Rangoon Lunatic Asylum 1878-1892 - 1878-1892
Year: 1878
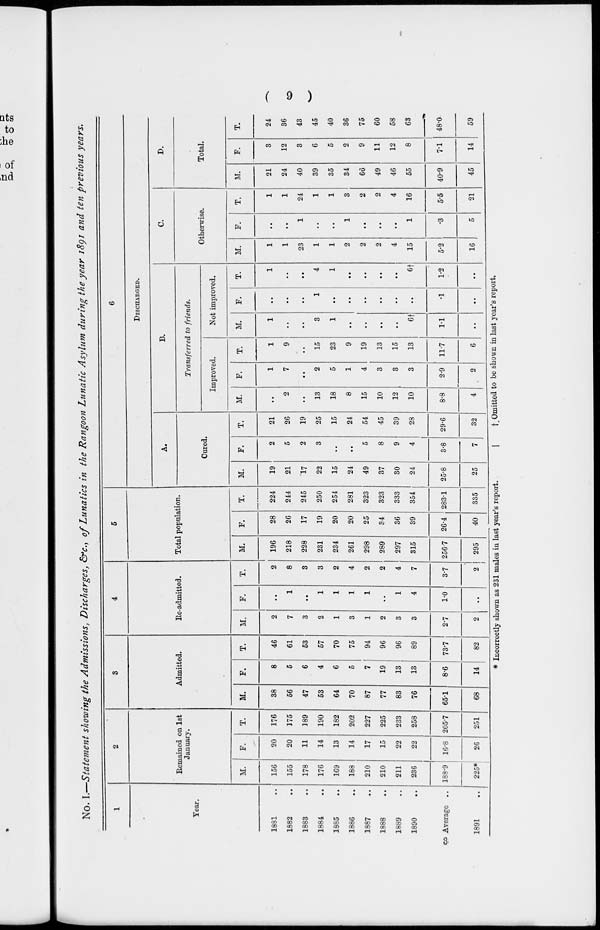
( 9 )
No. I.—Statement showing the Admissions, Discharges, &c., of Lunatics in the Rangoon Lunatic Asylum during the year 1891 and ten previous years.
1
Year.
1831 ..
1882 ..
1883 ..
1884 ..
1885 ..
1886 ..
1887 ..
1888 ..
1889 ..
1890 ..
Average ..
1891 ..
2
Remained on 1st
January.
M.
156
155
178
176
169
188
210
210
211
236
188.9
225*
F.
20
20
11
14
13
14
17
15
22
22
16.8
26
T.
176
175
189
190
182
202
227
225
233
258
205.7
251
3
Admitted.
M.
38
56
47
53
64
70
87
77
83
76
65.1
68
F.
8
5
6
4
6
5
7
19
13
13
8.6
14
T.
46
61
53
57
70
75
94
96
96
89
73.7
82
4
Re-admitted.
M.
2
7
3
2
1
3
1
2
3
3
2.7
2
F.
..
1
..
1
1
1
1
..
1
4
1.0
..
T.
2
8
3
3
2
4
2
2
4
7
3.7
2
5
Total population.
M.
196
218
228
231
234
261
298
289
297
315
256.7
295
F.
28
26
17
19
20
20
25
34
36
39
26.4
40
T.
224
244
245
250
254
281
323
323
333
354
283.1
335
6
DISCHARGED.
A.
Cured.
M.
19
21
17
22
15
24
49
37
30
24
25.8
25
F.
2
5
2
3
..
..
5
8
9
4
3.8
7
T.
21
26
19
25
15
24
54
45
39
28
29.6
32
B.
Transferred to friends.
Improved.
M.
..
2
..
13
18
8
15
10
12
10
8.8
4
F.
1
7
..
2
5
1
4
3
3
3
2.9
2
T.
1
9
..
15
23
9
19
13
15
13
11.7
6
Not improved.
M.
1
..
..
3
1
..
..
..
..
6†
1.1
..
F.
..
..
..
1
..
..
..
..
..
..
.1
..
T.
1
..
..
4
1
..
..
..
..
6†
1.2
..
C.
Otherwise.
M.
1
1
23
1
1
2
2
2
4
15
5.2
16
F.
..
..
1
..
..
1
..
..
..
1
.3
5
T.
1
1
24
1
1
3
2
2
4
16
5.5
21
D.
Total.
M.
21
24
40
39
35
34
66
49
46
55
40.9
45
F.
3
12
3
6
5
2
9
11
12
8
7.1
14
T.
24
36
43
45
40
36
75
60
58
63
48.0
59
* Incorrectly shown as 231 males in last year's report.
† Omitted to be shown in last year's report.
3